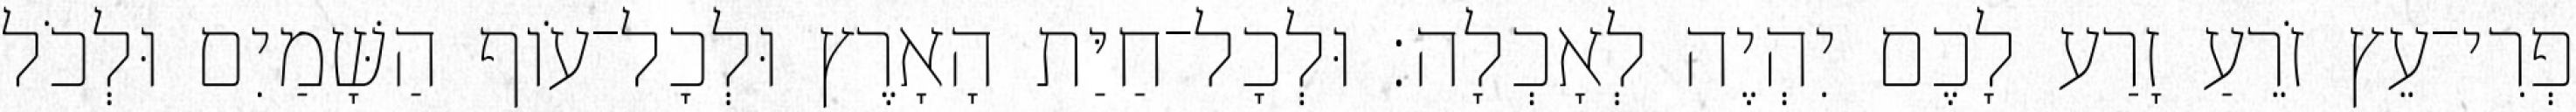
פְרִי־עֵץ זֹרֵעַ זָרַע לָכֶם יִהְיֶה לְאָכְלָה׃ וּלְכָל־חַיַּת הָאָרֶץ וּלְכָל־עֹוף הַשָּׁמַיִם וּלְכֹל